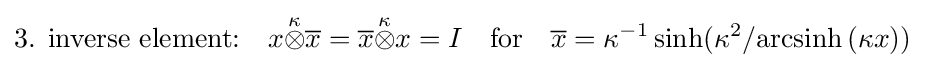
{\text{3. inverse element:}}\quad x{\stackrel {\kappa }{\otimes }}{\overline {x}}={\overline {x}}{\stackrel {\kappa }{\otimes }}x=I\quad {\text{for}}\quad {\overline {x}}=\kappa ^{-1}\sinh(\kappa ^{2}/{\rm {arcsinh}}\,(\kappa x))